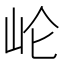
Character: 𱛍